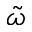
\tilde { \omega }